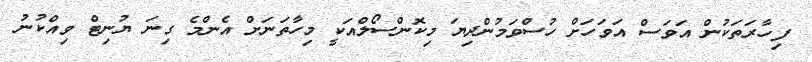
ފިހާރަތަކުން އަވަސް އަވަހަށް ހުސްވަމުންދިޔަ މިކޮންސޯލްއަކީ މިހާތަނަށް އެންމެ ގިނަ ޔުނިޓް ވިއްކުނު